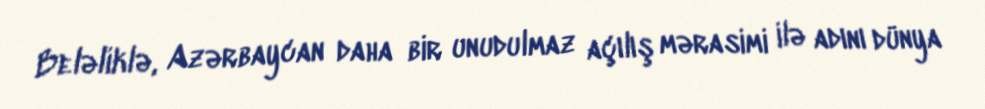
Beləliklə, Azərbaycan daha bir unudulmaz açılış mərasimi ilə adını dünya